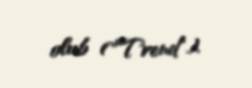
olub ("Trend").